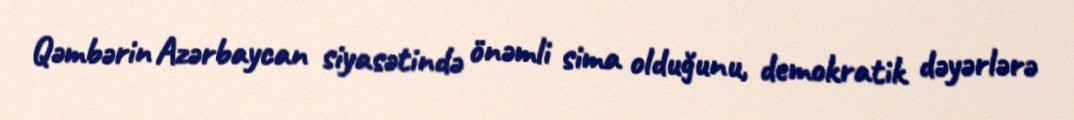
Qəmbərin Azərbaycan siyasətində önəmli sima olduğunu, demokratik dəyərlərə